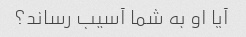
آیا او به شما آسیب رساند؟